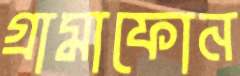
গ্রামাফোন